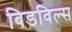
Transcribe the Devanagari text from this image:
बिडविल्स